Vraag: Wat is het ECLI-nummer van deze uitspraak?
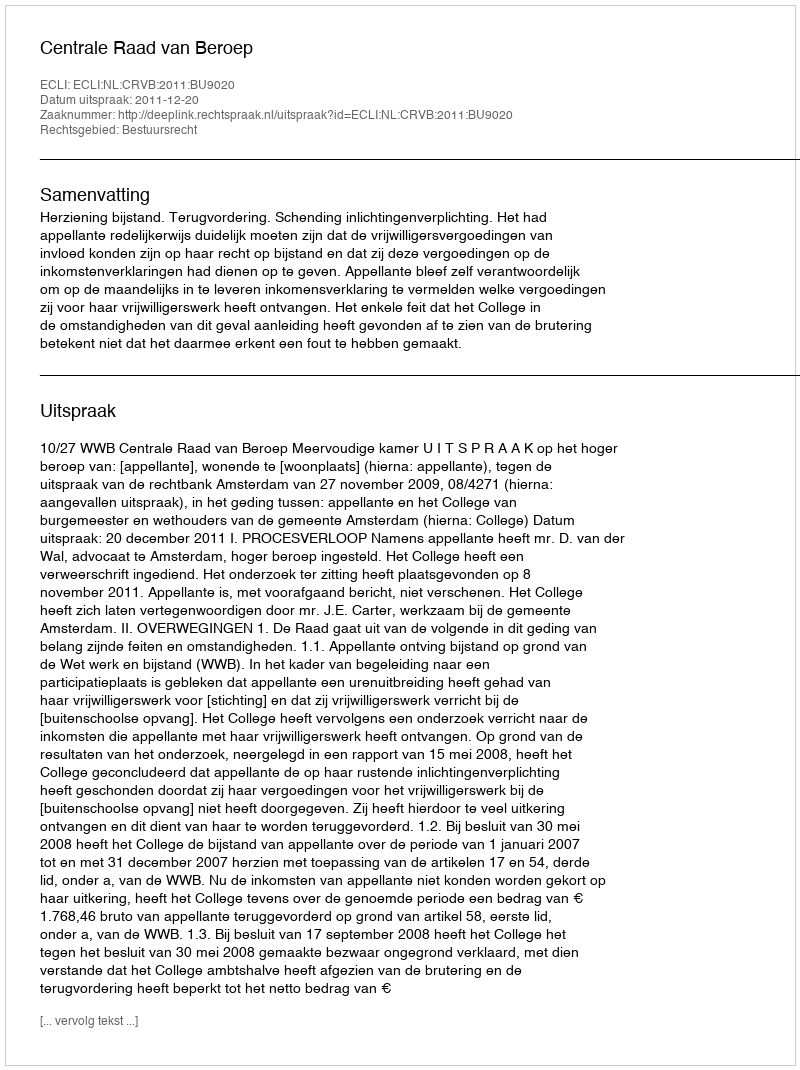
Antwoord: ECLI:NL:CRVB:2011:BU9020